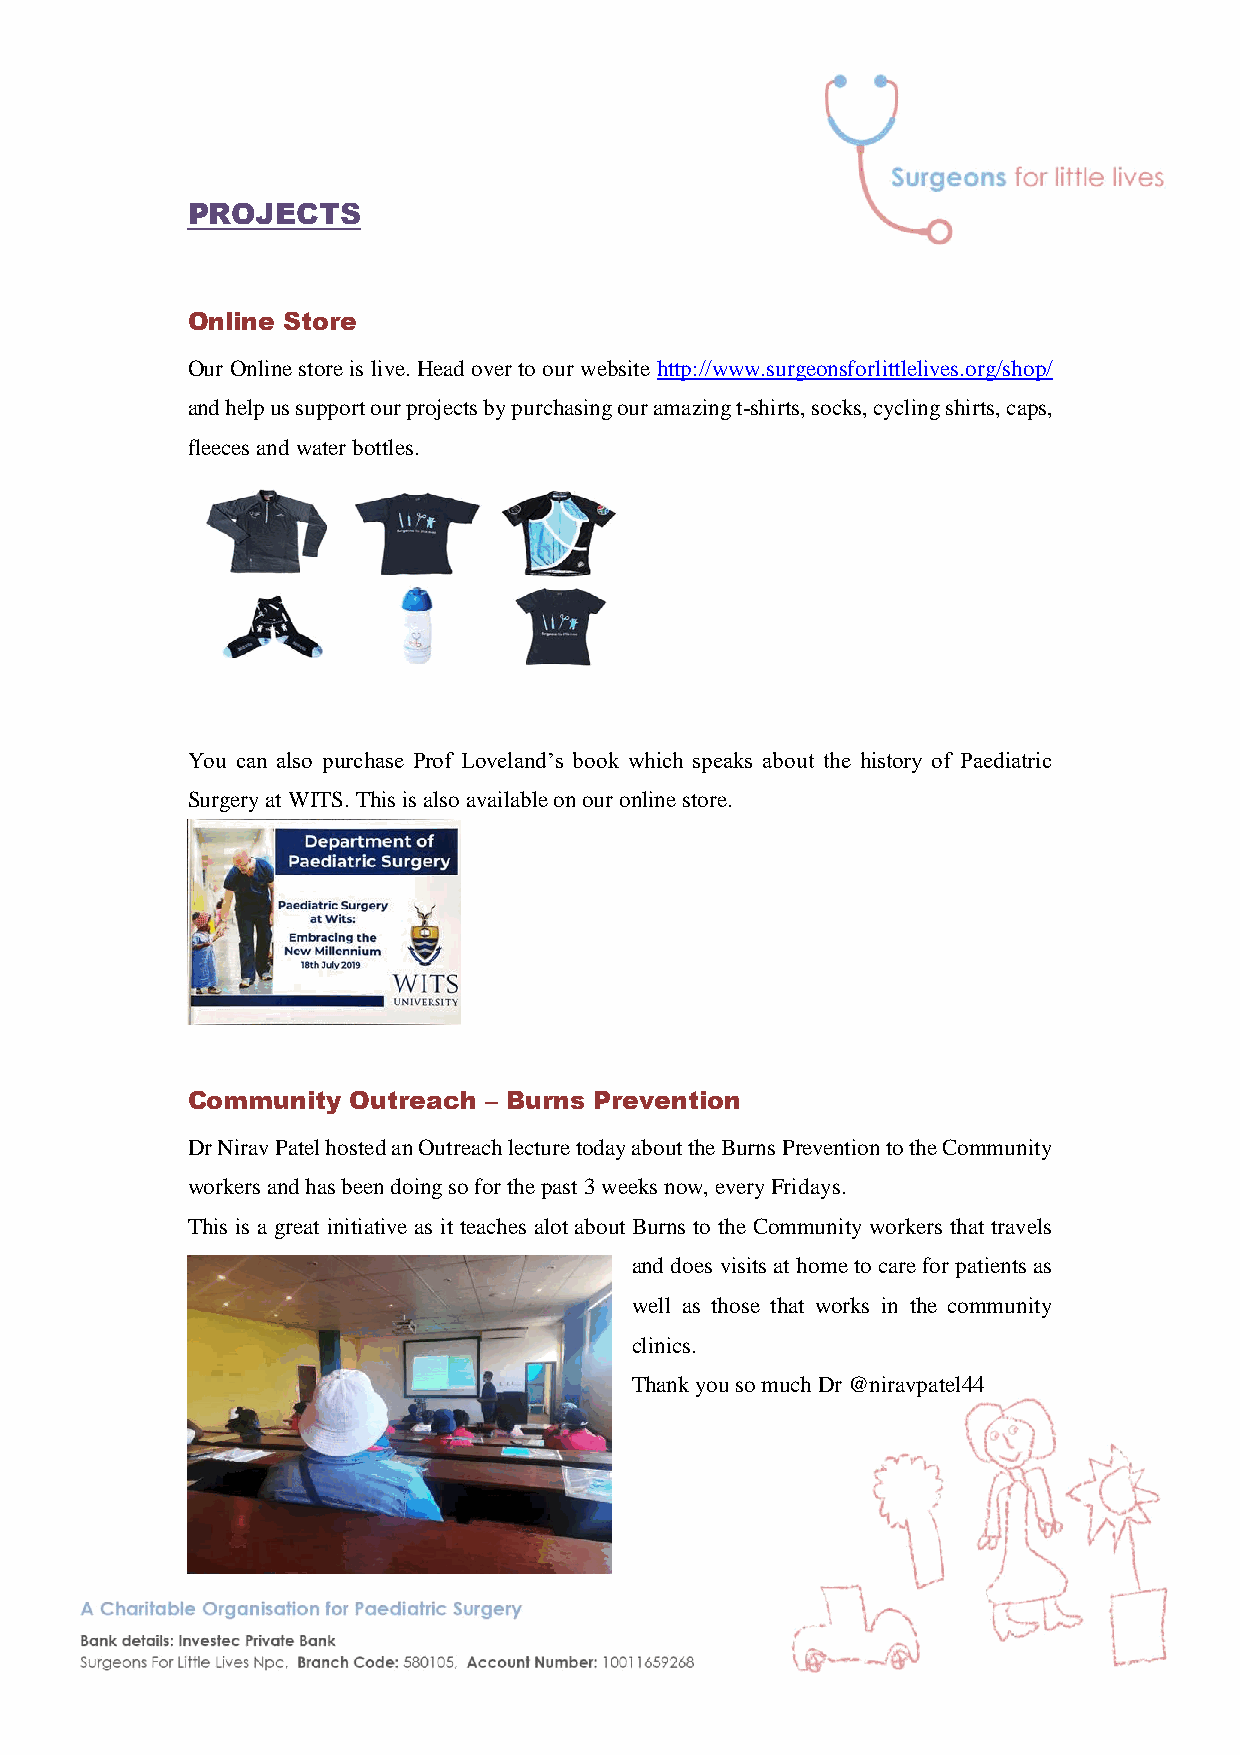
PROJECTS
 Online Store
 Our Online store is live. Head over to our website http://www.surgeonsforlittlelives.org/shop/
 and help us support our projects by purchasing our amazing t-shirts, socks, cycling shirts, caps,
 fleeces and water bottles.
 You can also purchase Prof Loveland’s book which speaks about the history of Paediatric
 Surgery at WITS. This is also available on our online store.
 Community  Outreach – Burns Prevention
 Dr Nirav Patel hosted an Outreach lecture today about the Burns Prevention to the Community
 workers and has been doing so for the past 3 weeks now, every Fridays.
 This is a great initiative as it teaches alot about Burns to the Community workers that travels
 and does visits at home to care for patients as
 well as those that works in the community
 clinics.
 Thank you so much Dr @niravpatel44